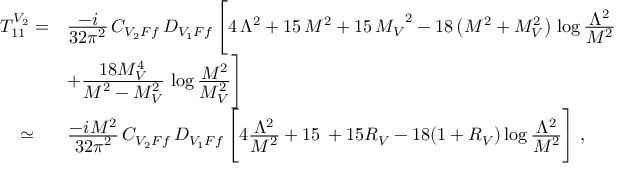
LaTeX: \begin{array} { l l } { { T _ { 1 1 } ^ { V _ { 2 } } = } } & { { \frac { \displaystyle - i } { \displaystyle 3 2 \pi ^ { 2 } } \, C _ { V _ { 2 } F f } \, D _ { V _ { 1 } F f } \, \Biggl [ 4 \, { { \Lambda } ^ { 2 } } + 1 5 \, { M ^ { 2 } } + 1 5 \, { { M _ { V } } ^ { 2 } } - 1 8 \left( M ^ { 2 } + M _ { V } ^ { 2 } \right) \, \log \frac { \displaystyle \Lambda ^ { 2 } } { \displaystyle M ^ { 2 } } } } \\ { { } } & { { + \frac { \displaystyle 1 8 M _ { V } ^ { 4 } } { \displaystyle M ^ { 2 } - M _ { V } ^ { 2 } } \, \log \frac { \displaystyle M ^ { 2 } } { \displaystyle M _ { V } ^ { 2 } } \Biggr ] } } \\ { { \; \; \; \; \simeq } } & { { \frac { \displaystyle - i M ^ { 2 } } { \displaystyle 3 2 \pi ^ { 2 } } \, C _ { V _ { 2 } F f } \, D _ { V _ { 1 } F f } \, \Biggl [ 4 \frac { \displaystyle \Lambda ^ { 2 } } { \displaystyle M ^ { 2 } } + 1 5 \, + 1 5 R _ { V } - 1 8 ( 1 + R _ { V } ) \log \frac { \displaystyle \Lambda ^ { 2 } } { \displaystyle M ^ { 2 } } \Biggr ] \; , } } \end{array}